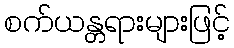
စက်ယန္တရားများဖြင့်